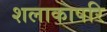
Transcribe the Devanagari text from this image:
शलाकापरि